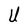
Character: U